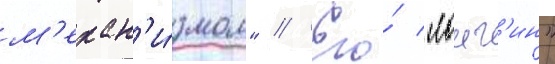
м'ехан'и́змом" // Его́ "лонг'ин"